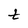
Character: t